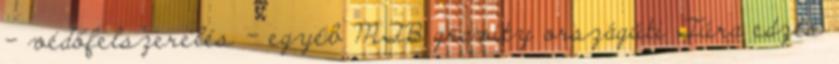
- védőfelszerelés - egyéb MTB gravity országúti Túra edzés